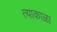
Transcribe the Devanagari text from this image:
त्याकाळा